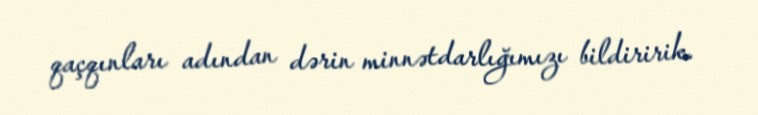
qaçqınları adından dərin minnətdarlığımızı bildiririk.